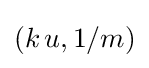
(k\,u,1/m)